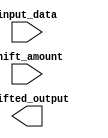
module rotating_barrel_shifter(
    input [7:0] input_data,
    input [2:0] shift_amount,
    output [7:0] shifted_output
);

// Define all arithmetic blocks for shifting
// Define rotating barrel mechanism

endmodule